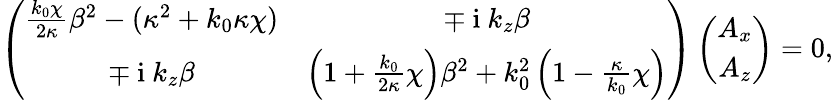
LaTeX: \left(\begin{array}{cc}{\frac{k_{0}\chi}{2\kappa}\beta^{2}-(\kappa^{2}+k_{0}\kappa\chi)}&{\mp\mathrm{~i~}k_{z}\beta}\\ {\mp\mathrm{~i~}k_{z}\beta}&{\left(1+\frac{k_{0}}{2\kappa}\chi\right)\beta^{2}+k_{0}^{2}\left(1-\frac{\kappa}{k_{0}}\chi\right)}\end{array}\right)\left(\begin{array}{c}{A_{x}}\\ {A_{z}}\end{array}\right)=0,